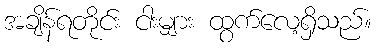
အချိန်ရတိုင်း ငါးမျှား ထွက်လေ့ရှိသည်။